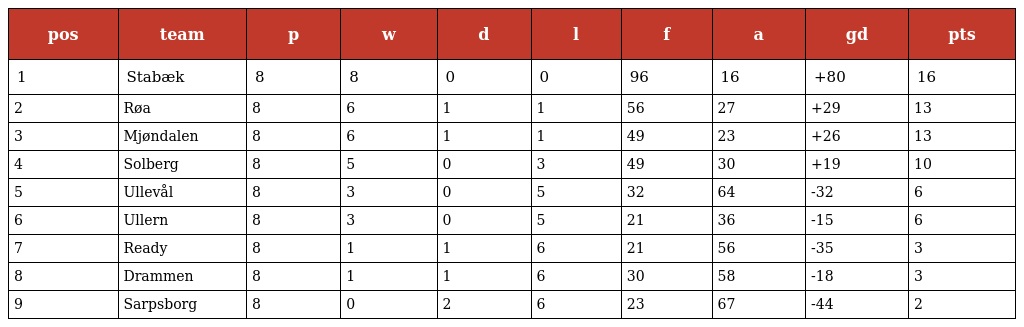
| pos | team | p | w | d | l | f | a | gd | pts |
 | --- | --- | --- | --- | --- | --- | --- | --- | --- | --- |
 | 1 | Stabæk | 8 | 8 | 0 | 0 | 96 | 16 | +80 | 16 |
 | 2 | Røa | 8 | 6 | 1 | 1 | 56 | 27 | +29 | 13 |
 | 3 | Mjøndalen | 8 | 6 | 1 | 1 | 49 | 23 | +26 | 13 |
 | 4 | Solberg | 8 | 5 | 0 | 3 | 49 | 30 | +19 | 10 |
 | 5 | Ullevål | 8 | 3 | 0 | 5 | 32 | 64 | -32 | 6 |
 | 6 | Ullern | 8 | 3 | 0 | 5 | 21 | 36 | -15 | 6 |
 | 7 | Ready | 8 | 1 | 1 | 6 | 21 | 56 | -35 | 3 |
 | 8 | Drammen | 8 | 1 | 1 | 6 | 30 | 58 | -18 | 3 |
 | 9 | Sarpsborg | 8 | 0 | 2 | 6 | 23 | 67 | -44 | 2 |